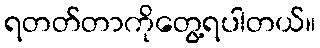
ရတတ်တာကိုတွေ့ရပါတယ်။